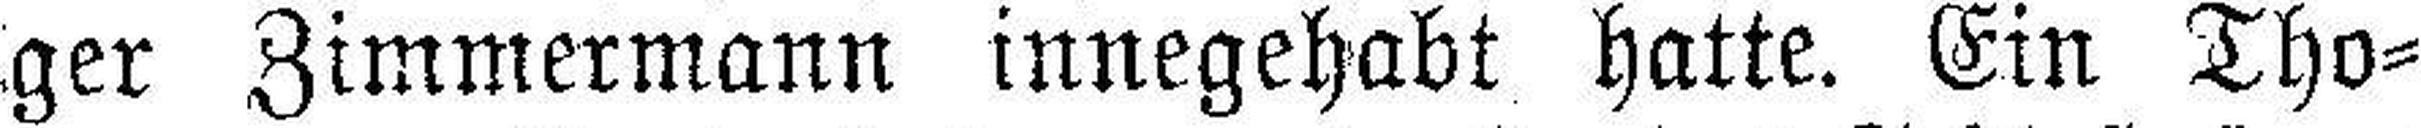
ger Zimmermann innegehabt hatte. Ein Tho¬